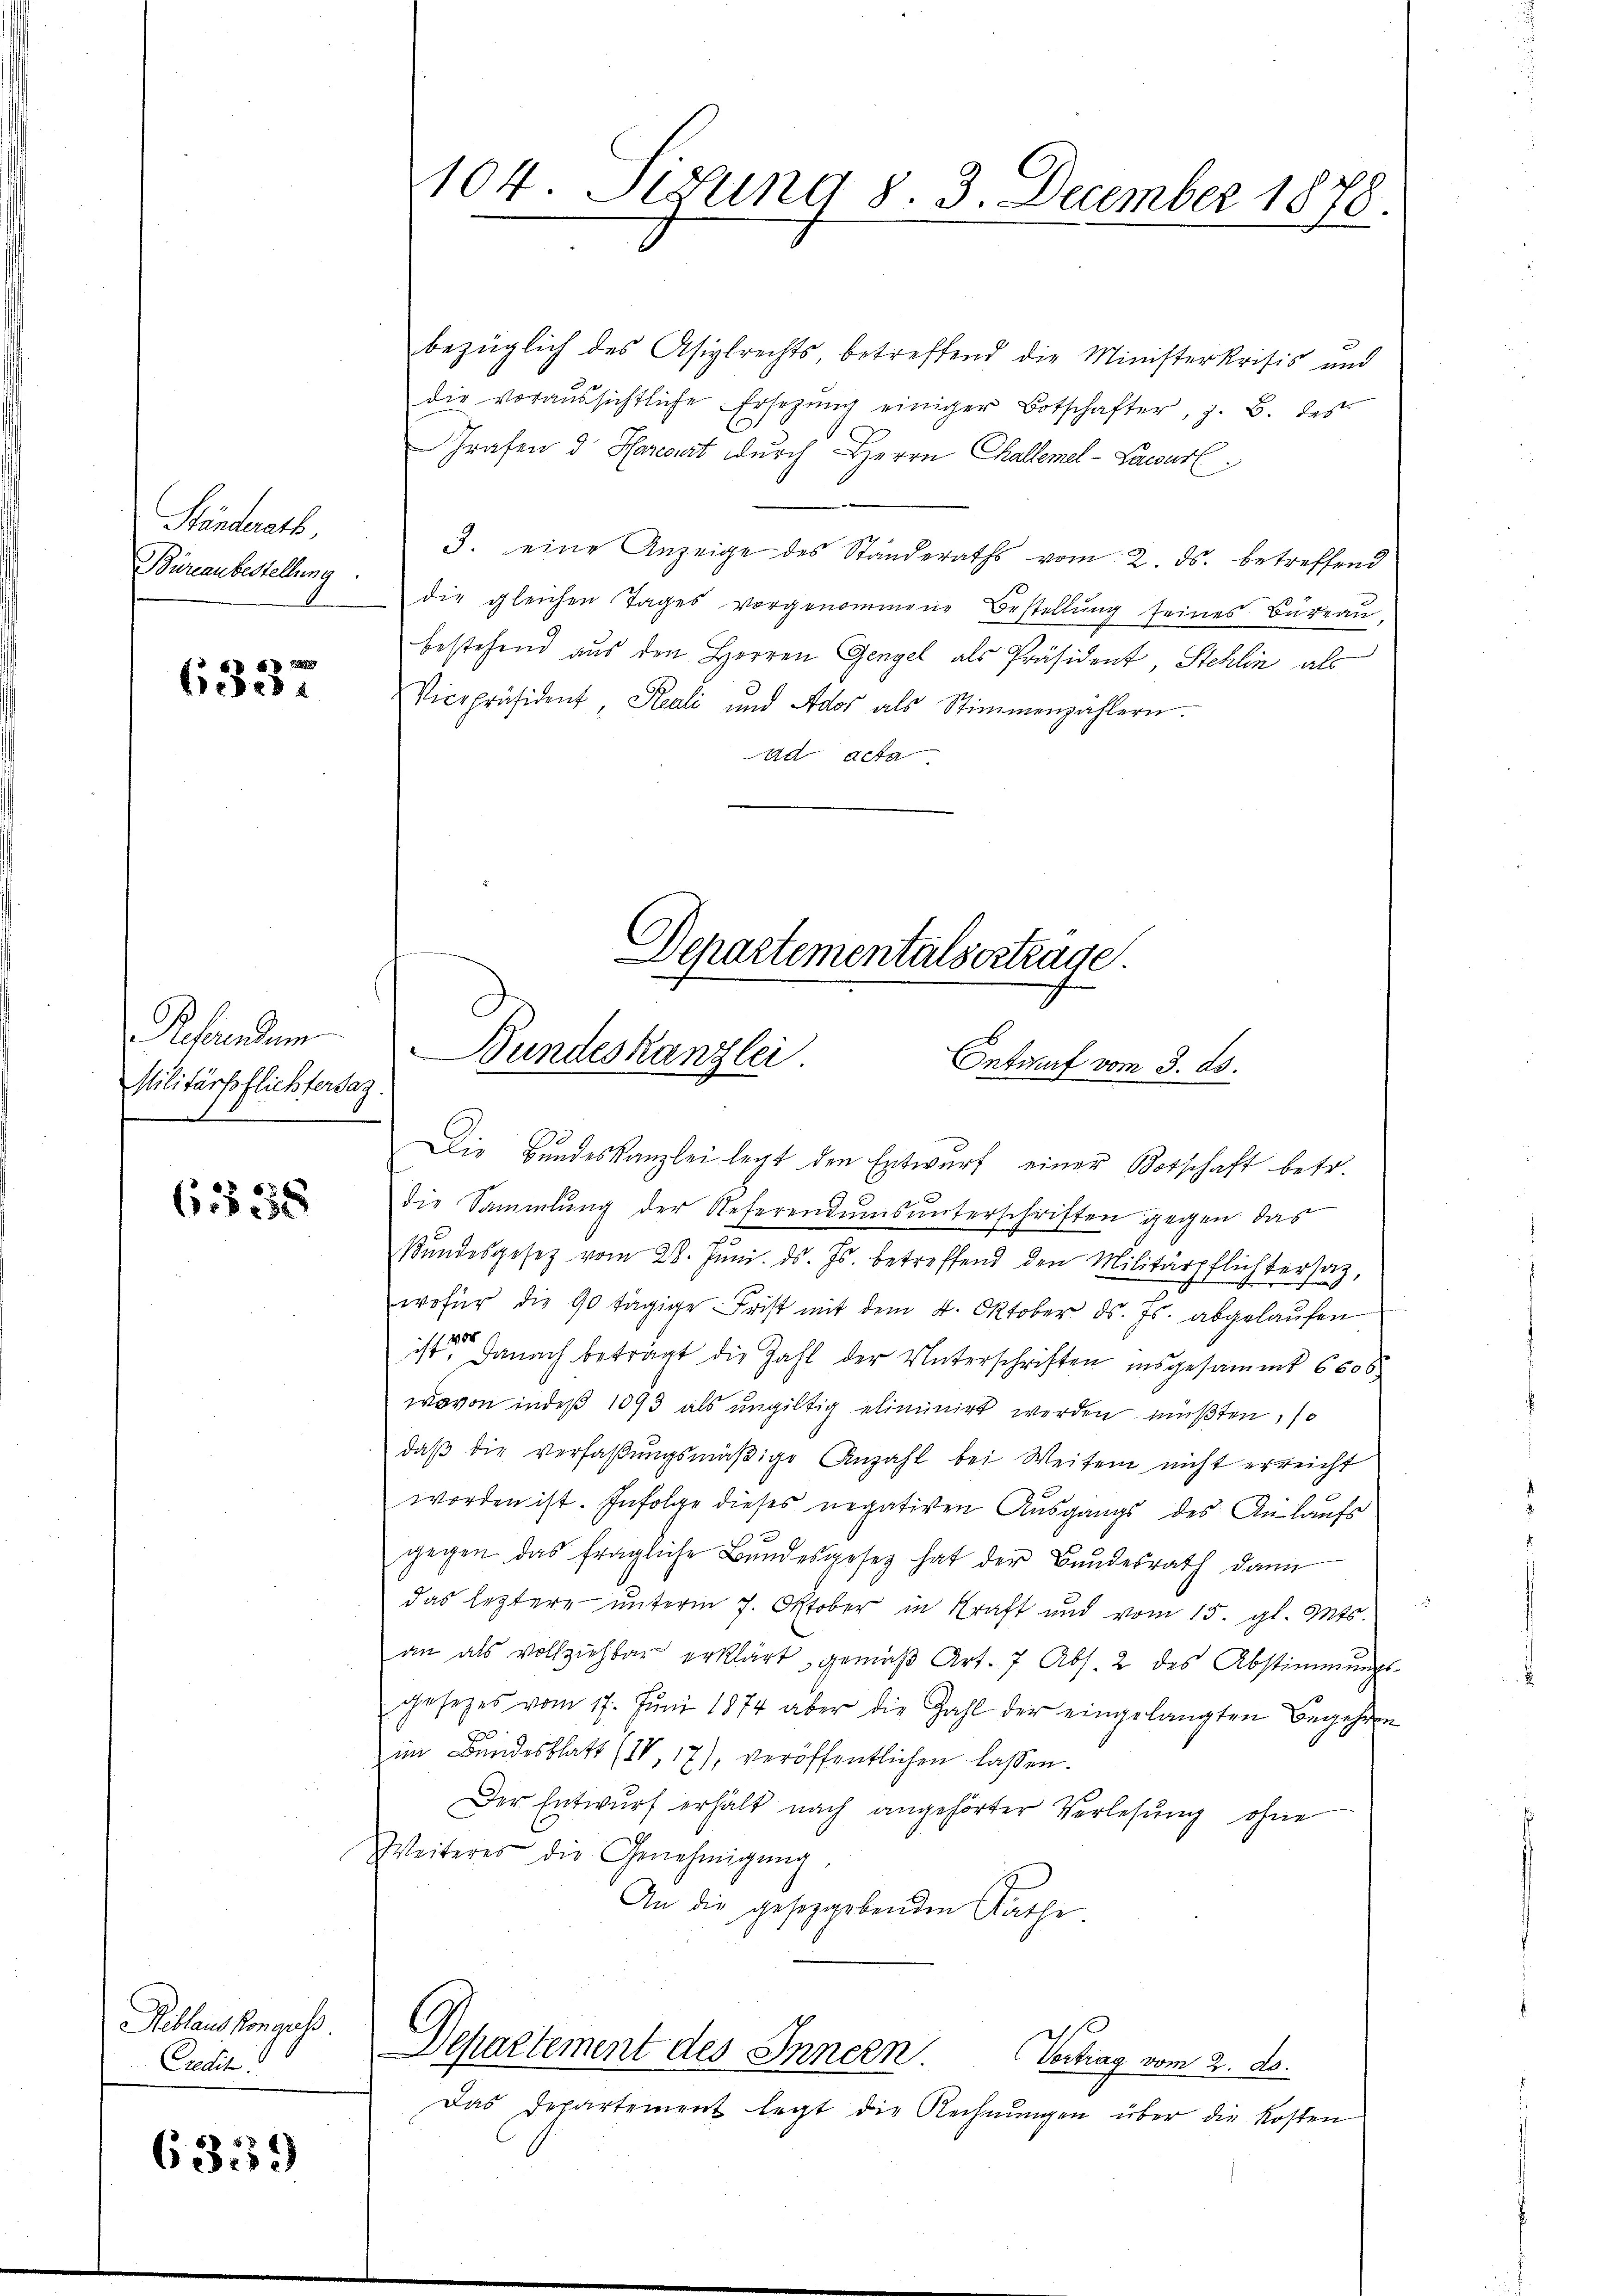
Ständerath
Büreaubestellung

6337

Referendum
Militärpflichtersaz.

655358

Reblaus Konguss
Credit

63359)

104. Segung 8. 3. December 1878.

bezüglich des Asiglrechts betreffend die Ministerkrisis und
die voraŭssichtliche Ersetzŭng einiger Botschafter, z. B. des
Grafen d. Haresert durch Herrn Challemel-Lawurl.
3. eine Anzeige des Standeraths vom 2. ds. betreffend
die gleichen Tages vorgenommene Bestellŭng seines Büreaŭ.
bestehend aus den Herren Gengel als Präsident, Stehlin als
Vicepräsident, Reali und Ador als Stimmenzählern.
Ad acta

Departementalsertrage.
Bundeskanzlei
Ontwurf vom 3. ds.

Die Bundeskanzlei legt den Entwurf einer Botschaft betr.
die Sammlung der Referendumsunterschriften gegen das
Bŭndesgesetz vom 28. Jŭni. ds. Js. betreffend den Militärpflichtersaz,
wofür die 90 tägige Frist mit dem 4. Oktober ds. Js. abgelaufen
ist danach beträgt die Zahl der Unterschriften insgesammt 6000
wovon indeß 1093 als ungültig eliminirt werden müßten, so
daβ die verfaßungsmäßige Anzahl bei Weiter nicht erreicht
worden ist. Infolge dieses negativen Aŭsgangs des Ankaŭfs
gegen das fragliche Bŭndesgesetz hat der Bŭndesrath dann
das leztere unterm 7. Oktober in Kraft und vom 15. gl. Mts.
an als vollziehbar erklärt, gemäβ Art. 7 Abs. 2 des Abstimmungs-
gesetzes vom 17. Jŭni 1874 aber die Zahl der eingelangten Begehren
im Bundesblatt (IV, 17), veröffentlichen lassen.
Der Entwurf erhält nach angehörter Verlesung ohne
Weiteres der Genehmigŭng
An die gesetzgebenden Räthe

Departement des Innern
Vertrag vom 2. 28.

Das Departement legt die Rechnŭngen über die Kosten